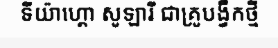
ទីយ៉ាហ្គោ សូឡារី ជាគ្រូបង្វឹកថ្មី